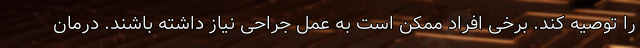
را توصیه کند. برخی افراد ممکن است به عمل جراحی نیاز داشته باشند. درمان